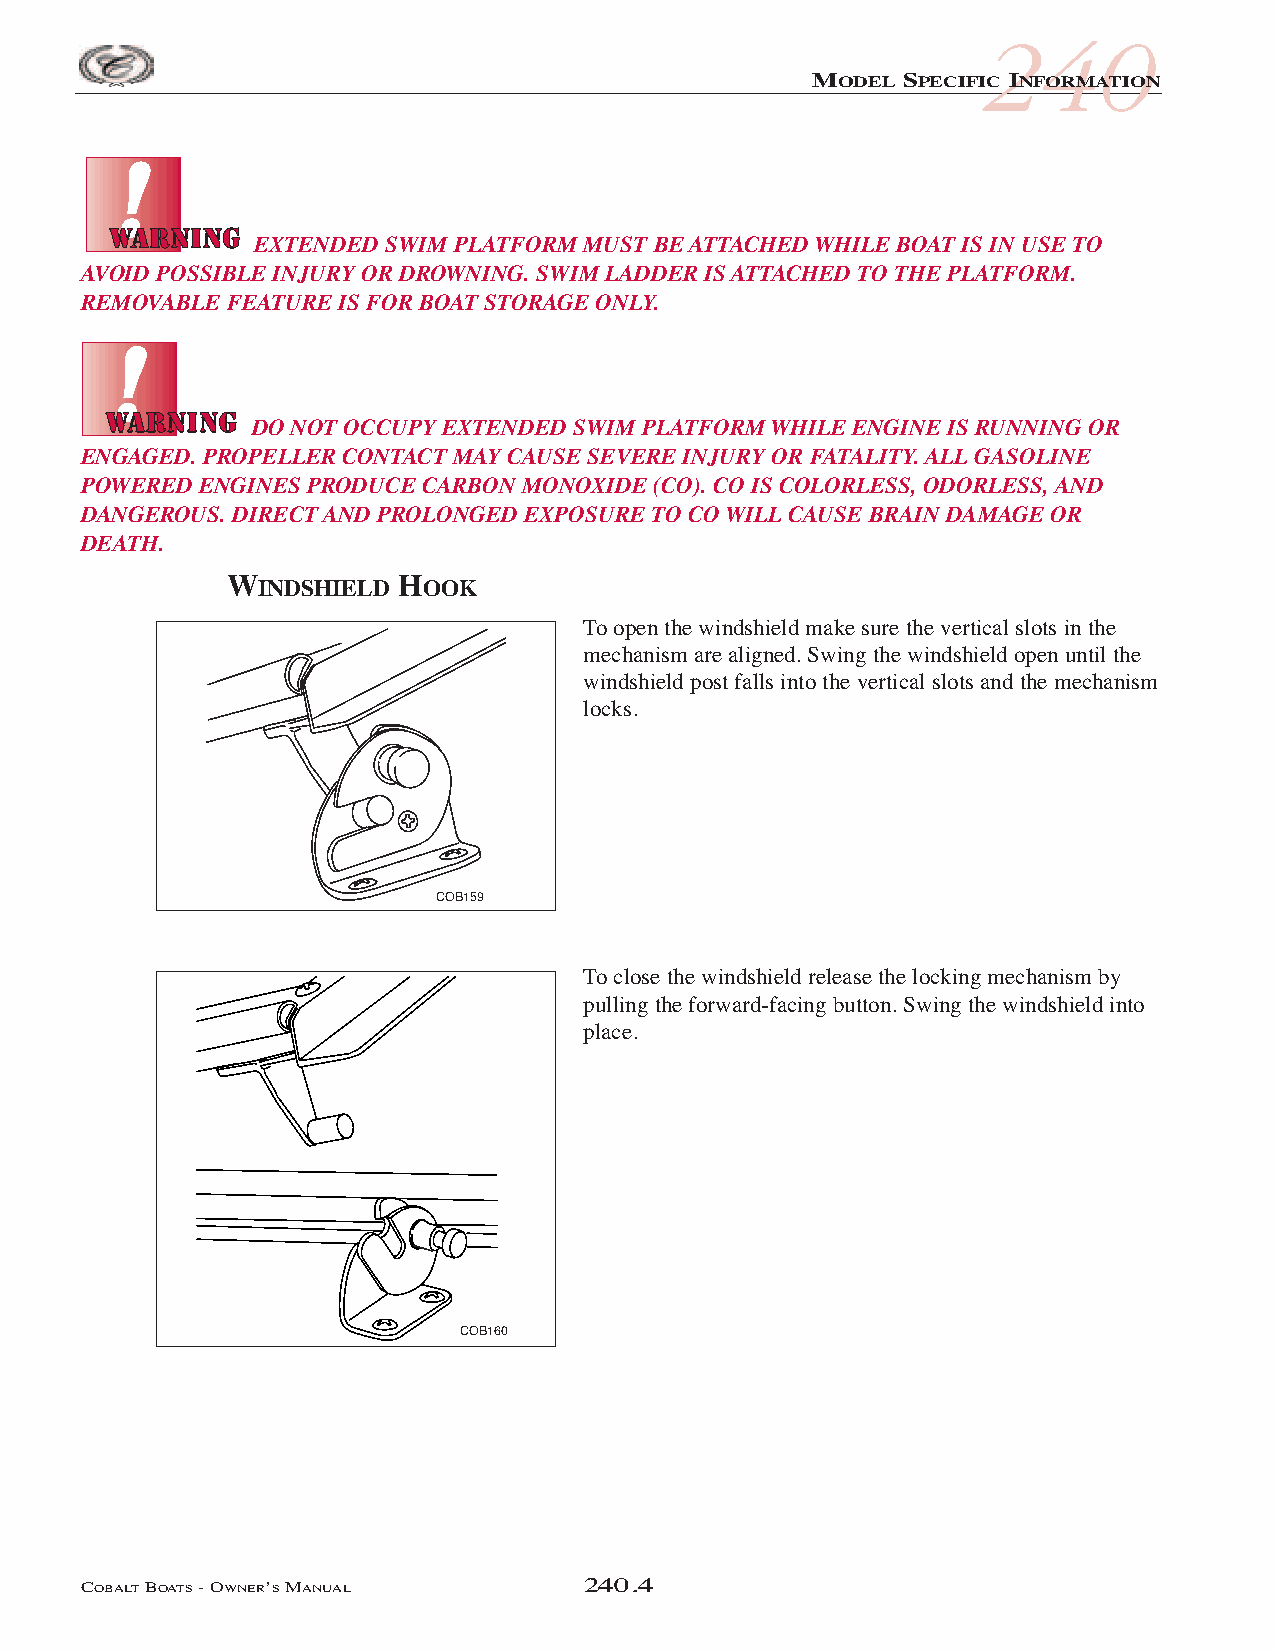
COB_05 Sect 240.qxd 3/18/05 9:23 AM Page 240.4
 240
 MODEL SPECIFIC INFORMATION
 EXTENDED SWIM PLATFORM MUST BE ATTACHED WHILE BOAT IS IN USE TO
 AVOID POSSIBLE INJURY OR DROWNING. SWIM LADDER IS ATTACHED TO THE PLATFORM.
 REMOVABLE FEATURE IS FOR BOAT STORAGE ONLY.
 DO NOT OCCUPY EXTENDED SWIM PLATFORM WHILE ENGINE IS RUNNING OR
 ENGAGED. PROPELLER CONTACT MAY CAUSE SEVERE INJURY OR FATALITY. ALL GASOLINE
 POWERED ENGINES PRODUCE CARBON MONOXIDE (CO). CO IS COLORLESS, ODORLESS, AND
 DANGEROUS. DIRECT AND PROLONGED EXPOSURE TO CO WILL CAUSE BRAIN DAMAGE OR
 DEATH.
 WINDSHIELD  HOOK
 To open the windshield make sure the vertical slots in the
 mechanism are aligned. Swing the windshield open until the
 windshield post falls into the vertical slots and the mechanism
 locks.
 COB159
 To close the windshield release the locking mechanism by
 pulling the forward-facing button. Swing the windshield into
 place.
 COB160
 COBALTBOATS- OWNER’SMANUAL       240.4